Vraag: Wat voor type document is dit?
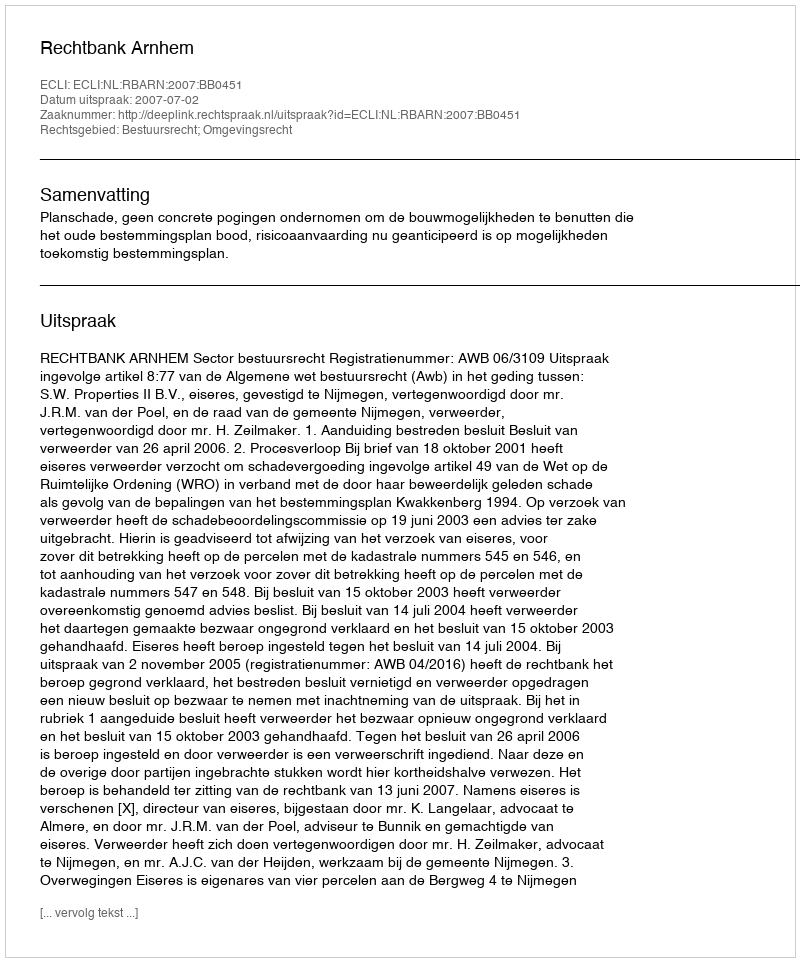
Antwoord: Uitspraak